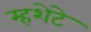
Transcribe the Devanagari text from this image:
म्हशेटे